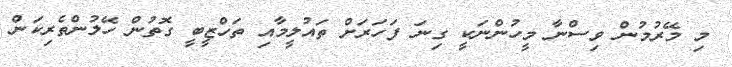
މި މޭރުމުން ވިސްނާ މީހުންނަކީ ގިނަ ފަހަރަށް ތައުލީމާއި ތަހްޒީބީ ގޮތުން ހޭލުންތެރިކަން